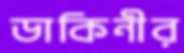
ডাকিনীর